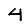
Digit: 4